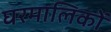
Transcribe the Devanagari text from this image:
घरमालिकों